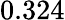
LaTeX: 0.324